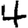
Digit: 4